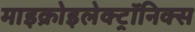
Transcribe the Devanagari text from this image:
माइक्रोइलेक्ट्रॉनिक्स